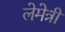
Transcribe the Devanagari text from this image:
लेमेत्री